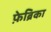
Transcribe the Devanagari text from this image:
फ़ेब्रिका